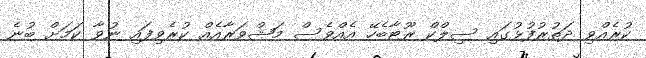
ކުރެއްވި ދަތުރުފުޅުގައި ސިލްކް ރޫޓާބެހޭ އެއްވެސް މަޝްވަރާއެއް ކުރެވިފައި ނުވާ ކަމަށް ބުނެ